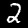
Label: 2